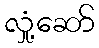
လှုံ့ဆော်